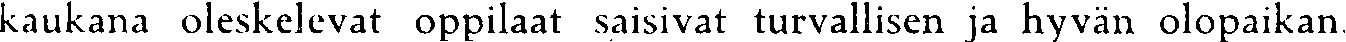
kaukana oleskelevat oppilaat saisivat turvallisen ja hyvän olopaikan.